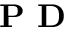
\textbf { P D }